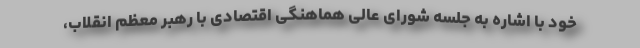
خود با اشاره به جلسه شورای عالی هماهنگی اقتصادی با رهبر معظم انقلاب،